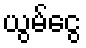
ယွမ်ငွေ